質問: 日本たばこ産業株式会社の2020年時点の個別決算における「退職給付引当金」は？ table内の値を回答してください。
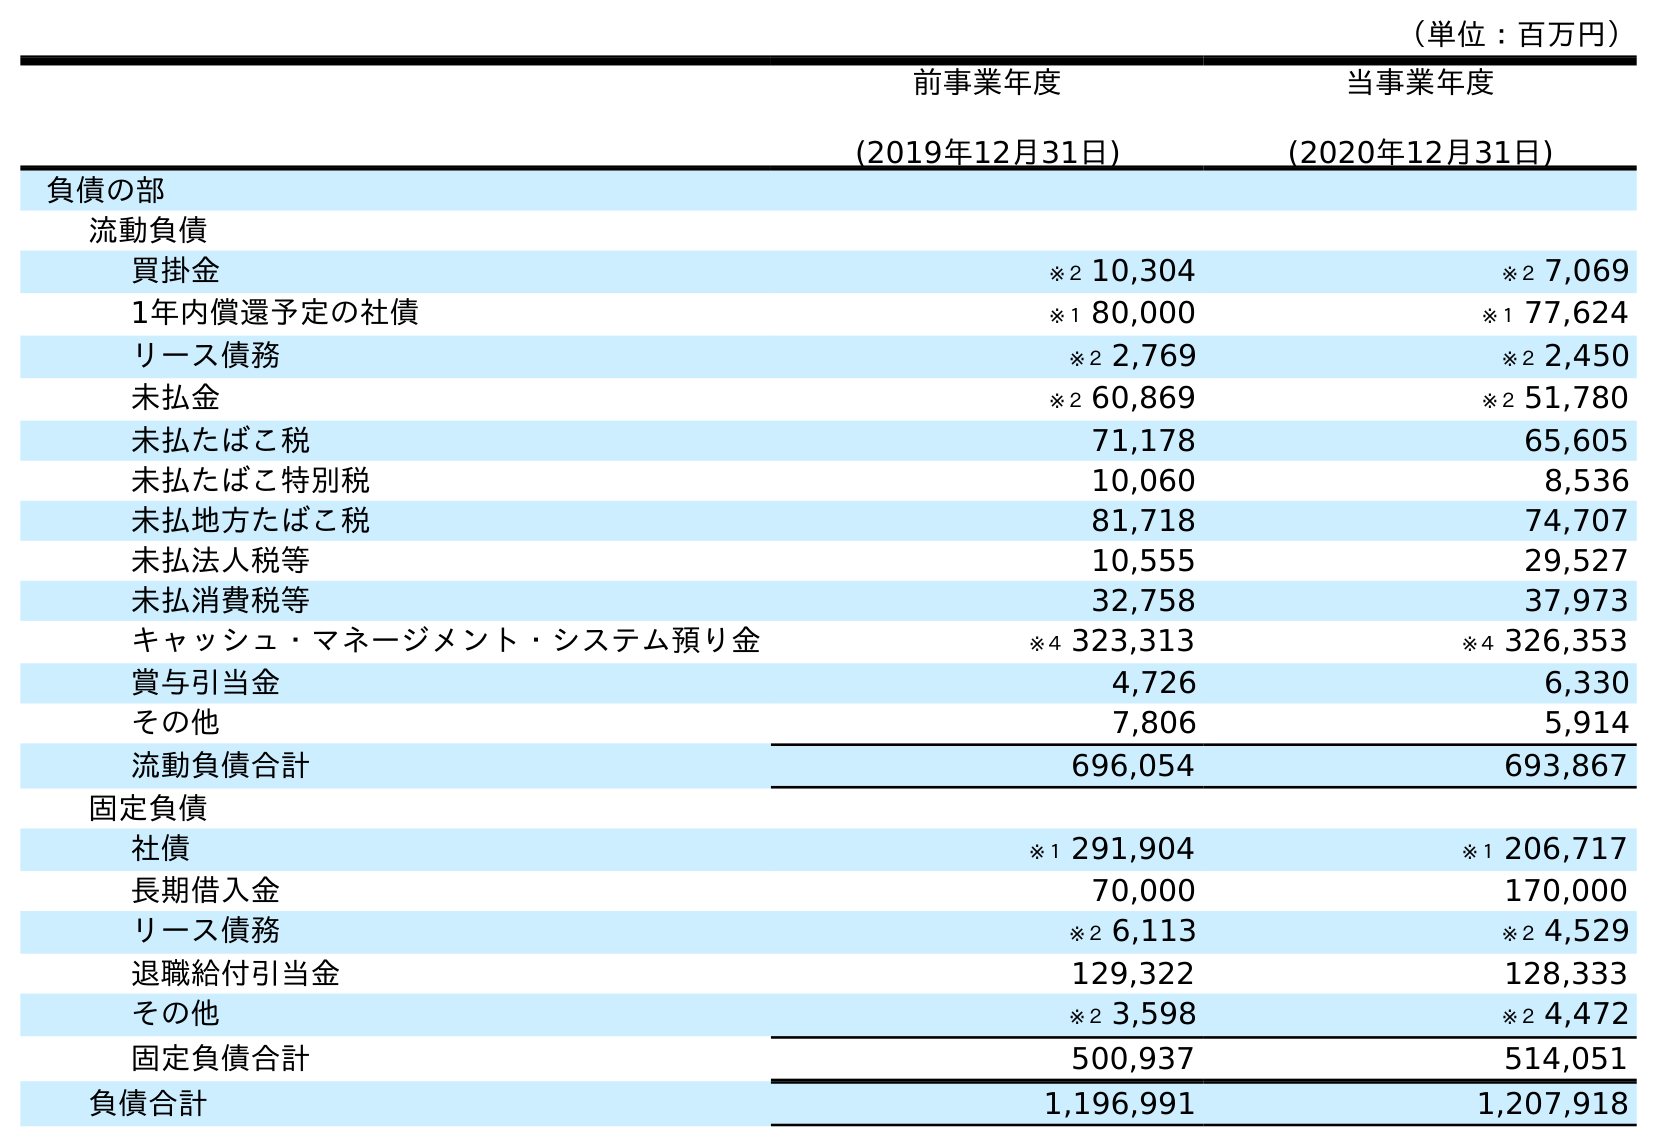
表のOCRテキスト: （単位：百万円） 前事業年度 (2019年12月31日) 当事業年度 (2020年12月31日) 負債の部 流動負債 買掛金 ※２ 10,304 ※２ 7,069 1年内償還予定の社債 ※１ 80,000 ※１ 77,624 リース債務 ※２ 2,769 ※２ 2,450 未払金 ※２ 60,869 ※２ 51,780 未払たばこ税 71,178 65,605 未払たばこ特別税 10,060 8,536 未払地方たばこ税 81,718 74,707 未払法人税等 10,555 29,527 未払消費税等 32,758 37,973 キャッシュ・マネージメント・システム預り金 ※４ 323,313 ※４ 326,353 賞与引当金 4,726 6,330 その他 7,806 5,914 流動負債合計 696,054 693,867 固定負債 社債 ※１ 291,904 ※１ 206,717 長期借入金 70,000 170,000 リース債務 ※２ 6,113 ※２ 4,529 退職給付引当金 129,322 128,333 その他 ※２ 3,598 ※２ 4,472 固定負債合計 500,937 514,051 負債合計 1,196,991 1,207,918
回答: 128,333